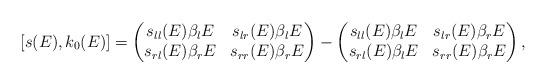
LaTeX: \begin{align*}[s (E), k_0 (E) ] = \left( \begin{matrix}s_{ll} (E) \beta_l E & s_{lr} (E) \beta_l E \\ s_{rl} (E) \beta_r E &s_{rr} (E) \beta_r E \end{matrix}\right) - \left( \begin{matrix}s_{ll} (E) \beta_l E & s_{lr} (E) \beta_r E \\ s_{rl} (E) \beta_l E &s_{rr} (E) \beta_r E \end{matrix}\right) ,\end{align*}